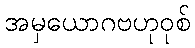
အမှယောဂဗဟုဝုစ်